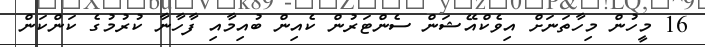
16 މީހުން މިހާތަނަށް އިވެކްއޭޝަން ސެންޓަރުން ކެއިން ބުއިމާއި ފާހާނާ ކުރުމުގެ ކަންކަން